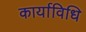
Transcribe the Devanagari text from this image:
कार्याविधि